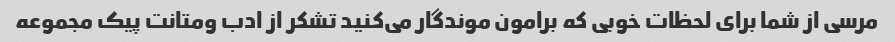
مرسی از شما برای لحظات خوبی که برامون موندگار می‌کنید تشکر از ادب و‌متانت پیک مجموعه